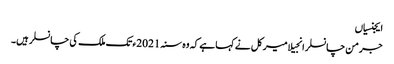
ایجنسیاں
جرمن چانسلر انجیلا میرکل نے کہا ہے کہ وہ سنہ 2021ء تک ملک کی چانسلر ہیں۔